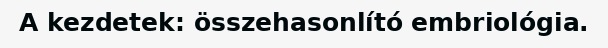
A kezdetek: összehasonlító embriológia.